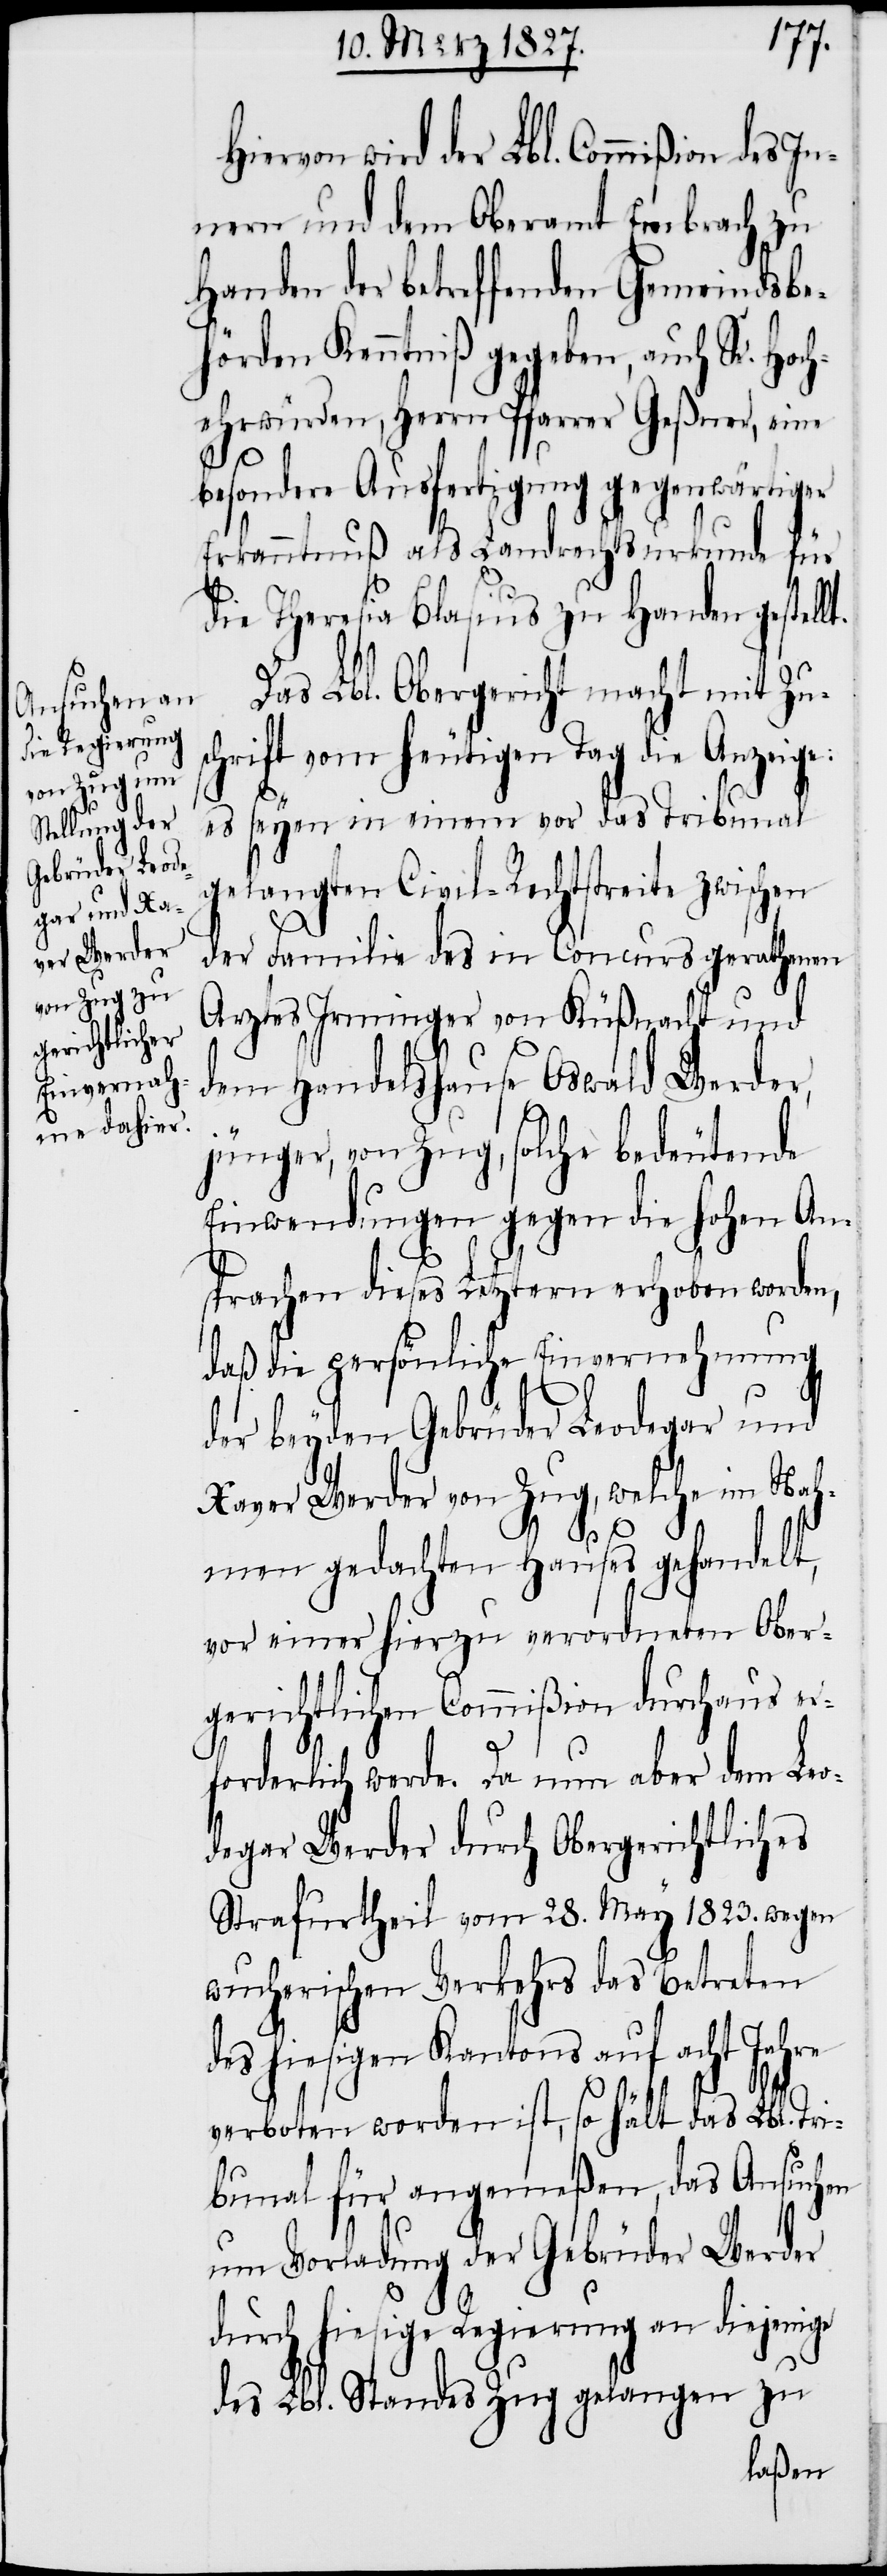
Hiervon wird der Lbl. Commißion des I¬
nnern und dem Oberamt Embrach zu
Handen der betreffenden Gemeindsbe¬
hörden Kenntniß gegeben, auch Sr. Hoc¬
hehrwürden, Herrn Pfarrer Geßner, eine
besondere Ausfertigung gegenwärtiger
Erkanntnuß als Landrechtsurkunde für
die Theresia Blasius zu Handen gestell¬
Das Lbl. Obergericht macht mit Zus¬
chrift vom heutigen Tag die Anzeige:
es seyen in einem vor das Tribunal
elangten Civil-Rechtstreite zwischen
der Familie des in Concurs gerathenen
Arztes Irminger von Küßnacht und
dem Handelshause Oswald Werder,
jünger, von Zug, solche bedeutende
Einwendungen gegen die hohen An¬
sprachen dieses Letztern erhoben worden,
daß die persönliche Einvernehmung
der beyden Gebrüder Leodegar und
Xaver Werder von Zug, welche im Nah¬
g¬
men gedachten Hauses gehandelt,
von einer hierzu verordneten Ober¬
gerichtlichen Commißion durchaus er¬
forderlich werde. Da nun aber dem Leo¬
degar Werder durch Obergerichtliches
Strafurtheil vom 28. May 1823. wegen
wucherischen Verkehrs das Betreten
des hiesigen Kantons auf acht Jahre
verboten worden ist, so hält das Lbl. Tri¬
bunal für angemeßen, das Ansuchen
um Vorladung der Gebrüder Werder
durch hiesige Regierung an diejenige
des Lbl. Standes Zug gelangen zu